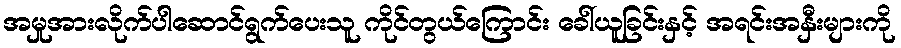
အမှုအားလိုက်ပါဆောင်ရွက်ပေးသူ ကိုင်တွယ်ကြောင်း ခေါ်ယူခြင်းနှင့် အရင်းအနှီးများကို